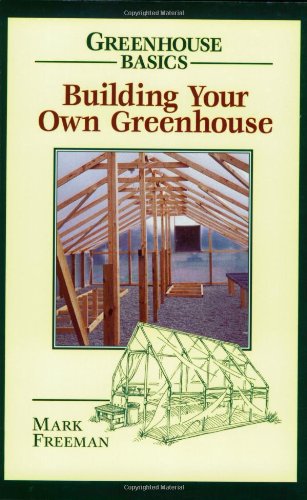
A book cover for Building Your Own Greenhouse (Greenhouse Basics); Mark Freeman; Crafts, Hobbies & Home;